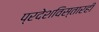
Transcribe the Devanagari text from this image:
प्रदेशविस्तारही